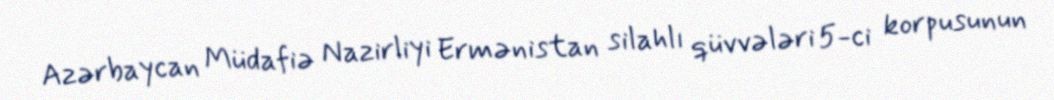
Azərbaycan Müdafiə Nazirliyi Ermənistan silahlı qüvvələri 5-ci korpusunun